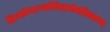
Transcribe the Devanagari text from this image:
तिलतोयाञ्जलिस्तवोपतिष्ठताम्